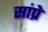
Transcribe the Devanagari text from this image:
सांप्रे